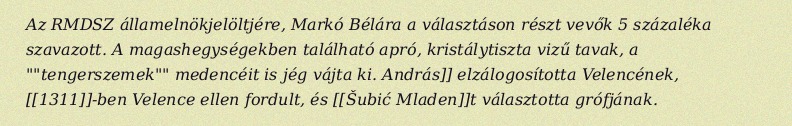
Az RMDSZ államelnökjelöltjére, Markó Bélára a választáson részt vevők 5 százaléka szavazott. A magashegységekben található apró, kristálytiszta vizű tavak, a ""tengerszemek"" medencéit is jég vájta ki. András]] elzálogosította Velencének, [[1311]]-ben Velence ellen fordult, és [[Šubić Mladen]]t választotta grófjának.